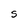
Character: S